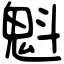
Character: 魁